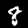
Label: 8